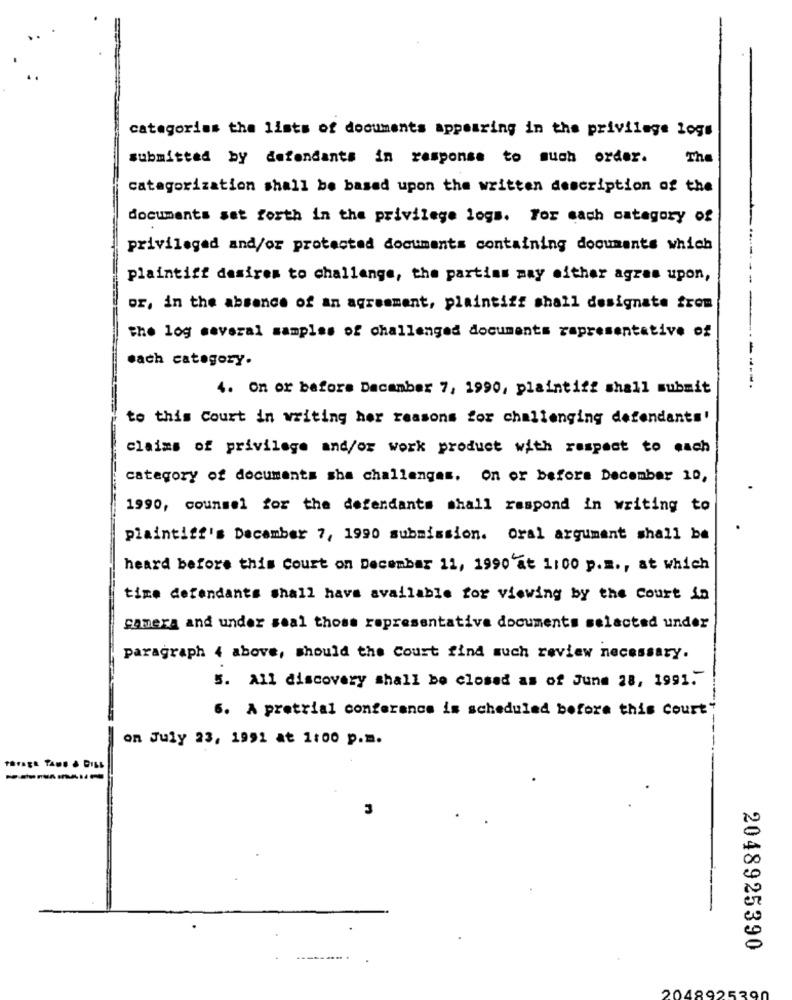
categorias the lists of documents appearing in the privilege logs
submitted by defendants in response to much order.
The
categorization shall be based upon the written description of the
documents set forth in the privilege logs. For each category of
privileged and/or protected documents containing documents which
plaintiff desires to challenge, the parties may either agres upon,
or, in the absence of an agreement, plaintiff shall designate from
the log several samples of challenged documents representative of
each category.
4. On or before Dacanber 7, 1990, plaintiff shall submit
------.
to this Court in writing her reasons for challenging defendants'
claims of privilege and/or work product with respect to each
category of documents sha challenges. On or before December 10,
1990, counsel for the defendants shall respond in writing to
plaintiff's December 7, 1990 submission. Oral argument shall be
heard before this Court on December 11, 1990 at 1:00 p.m ., at which
time defendants shall have available for viewing by the Court in
camera and under seal those representative documents selected under
paragraph 4 above, Should the Court find much review necessary.
5. All discovery shall be closed as of June 28, 1991 .-
6. A pretrial conferance is scheduled before this Court"
on July 23, 1991 at 1:00 p.m.
3
2048925390
2048925390